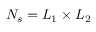
N _ { s } = L _ { 1 } \times L _ { 2 }